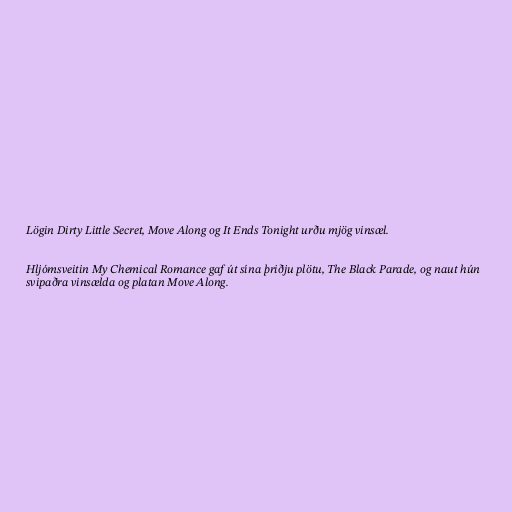
Lögin Dirty Little Secret, Move Along og It Ends Tonight urðu mjög vinsæl.

Hljómsveitin My Chemical Romance gaf út sína þriðju plötu, The Black Parade, og naut hún
svipaðra vinsælda og platan Move Along.